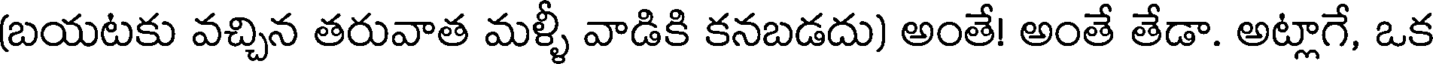
(బయటకు వచ్చిన తరువాత మళ్ళీ వాడికి కనబడదు) అంతే! అంతే తేడా. అట్లాగే, ఒక